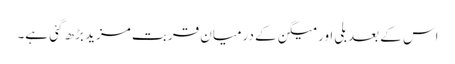
اس کے بعد بلی اور میگن کے درمیان قربت مزید بڑھ گئی ہے۔